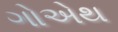
ગોએથ